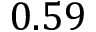
0 . 5 9